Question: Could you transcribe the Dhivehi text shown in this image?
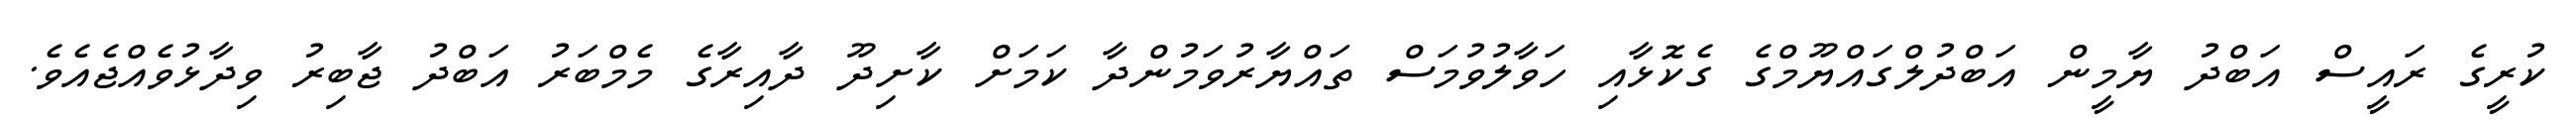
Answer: ކުރީގެ ރައީސް އަބްދު ޔާމީން އަބްދުލްގައްޔޫމްގެ ގެކޮޅާއި ހަވާލުވުމަސް ތައްޔާރުވަމުންދާ ކަމަށް ކާށިދޫ ދާއިރާގެ މެމްބަރު އަބްދު ޖާބިރު ވިދާޅުވެއްޖެއެވެ.